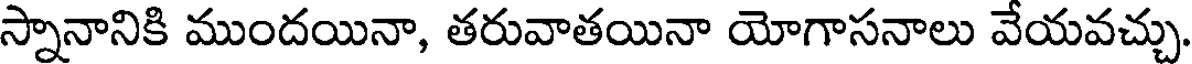
స్నానానికి ముందయినా, తరువాతయినా యోగాసనాలు వేయవచ్చు